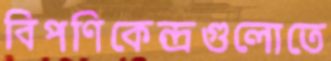
বিপণিকেন্দ্রগুলোতে